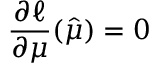
\frac { \partial \ell } { \partial \boldsymbol { \mu } } ( \boldsymbol { \hat { \mu } } ) = 0